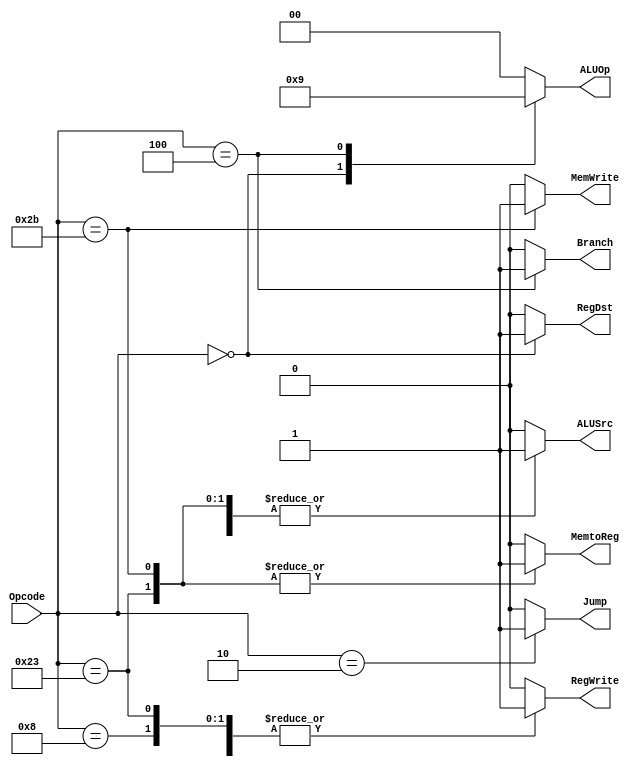
/*
Name:Main_Decoder.v
Owner:Omar Salah
Description: Decoder that takes Funct[5:0],ALUOP[1:0],and get Output ALUCONTROL[2:0] that control alu signal to make the operations
*/
module Main_Decoder (
    output  reg              MemtoReg,MemWrite,Branch,ALUSrc,RegDst,RegWrite,Jump,
    output  reg     [1:0]    ALUOp,          
    input   wire    [5:0]    Opcode
);
always @ (*)
begin
    case (Opcode)
    // load word 
        6'b100011 :
                     begin 
                         Jump       = 1'b0;
                         ALUOp      = 2'b00;
                         MemWrite   = 1'b0;
                         RegWrite   = 1'b1;
                         RegDst     = 1'b0;
                         ALUSrc     = 1'b1;
                         MemtoReg   = 1'b1;
                         Branch     = 1'b0;
                     end
    // store word 
        6'b101011 :
                     begin 
                         Jump       = 1'b0;
                         ALUOp      = 2'b00;
                         MemWrite   = 1'b1;
                         RegWrite   = 1'b0;
                         RegDst     = 1'b0;
                         ALUSrc     = 1'b1;
                         MemtoReg   = 1'b1;
                         Branch     = 1'b0;
                     end
    // R Type 
        6'b000000 :
                     begin 
                         Jump       = 1'b0;
                         ALUOp      = 2'b10;
                         MemWrite   = 1'b0;
                         RegWrite   = 1'b1;
                         RegDst     = 1'b1;
                         ALUSrc     = 1'b0;
                         MemtoReg   = 1'b0;
                         Branch     = 1'b0;
                     end
   // Add Immediate
        6'b001000 :
                     begin 
                         Jump       = 1'b0;
                         ALUOp      = 2'b00;
                         MemWrite   = 1'b0;
                         RegWrite   = 1'b1;
                         RegDst     = 1'b0;
                         ALUSrc     = 1'b1;
                         MemtoReg   = 1'b0;
                         Branch     = 1'b0;
                     end
   // branch if equal
        6'b000100 :
                     begin 
                         Jump       = 1'b0;
                         ALUOp      = 2'b01;
                         MemWrite   = 1'b0;
                         RegWrite   = 1'b0;
                         RegDst     = 1'b0;
                         ALUSrc     = 1'b0;
                         MemtoReg   = 1'b0;
                         Branch     = 1'b1;
                     end
   // jump_inst
        6'b000010 :
                     begin 
                         Jump       = 1'b1;
                         ALUOp      = 2'b00;
                         MemWrite   = 1'b0;
                         RegWrite   = 1'b0;
                         RegDst     = 1'b0;
                         ALUSrc     = 1'b0;
                         MemtoReg   = 1'b0;
                         Branch     = 1'b0;
                     end 
   // default
        default :
                     begin 
                         Jump       = 1'b0;
                         ALUOp      = 2'b00;
                         MemWrite   = 1'b0;
                         RegWrite   = 1'b0;
                         RegDst     = 1'b0;
                         ALUSrc     = 1'b0;
                         MemtoReg   = 1'b0;
                         Branch     = 1'b0;
                     end        
    endcase
end
endmodule